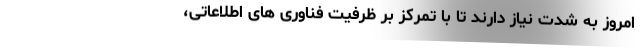
امروز به شدت نیاز دارند تا با تمرکز بر ظرفیت فناوری های اطلاعاتی،